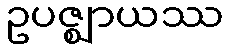
ဥပဇ္ဈာယဿ